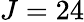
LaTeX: J=24